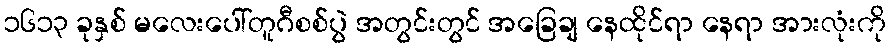
၁၆၁၃ ခုနှစ် မလေးပေါ်တူဂီစစ်ပွဲ အတွင်းတွင် အခြေချ နေထိုင်ရာ နေရာ အားလုံးကို